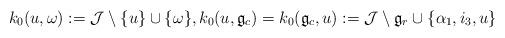
LaTeX: \begin{align*}k_{0}(u,\omega):=\mathcal{J}\setminus\{u\}\cup\{\omega\},k_{0}(u,\mathfrak{g}_{c})=k_{0}(\mathfrak{g}_{c},u):=\mathcal{J}\setminus\mathfrak{g}_{r}\cup\{\alpha_{1},i_{3},u\}\end{align*}